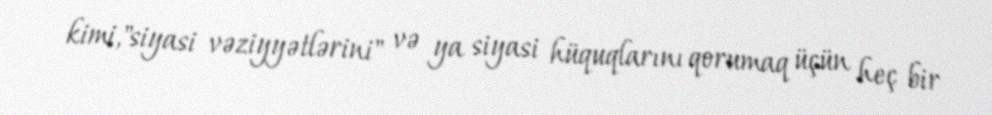
kimi,"siyasi vəziyyətlərini" və ya siyasi hüquqlarını qorumaq üçün heç bir